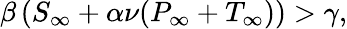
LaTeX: \beta\left(S_{\infty}+\alpha\nu(P_{\infty}+T_{\infty})\right)>\gamma,